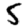
Digit: 5